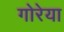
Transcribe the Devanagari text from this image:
गोरेया